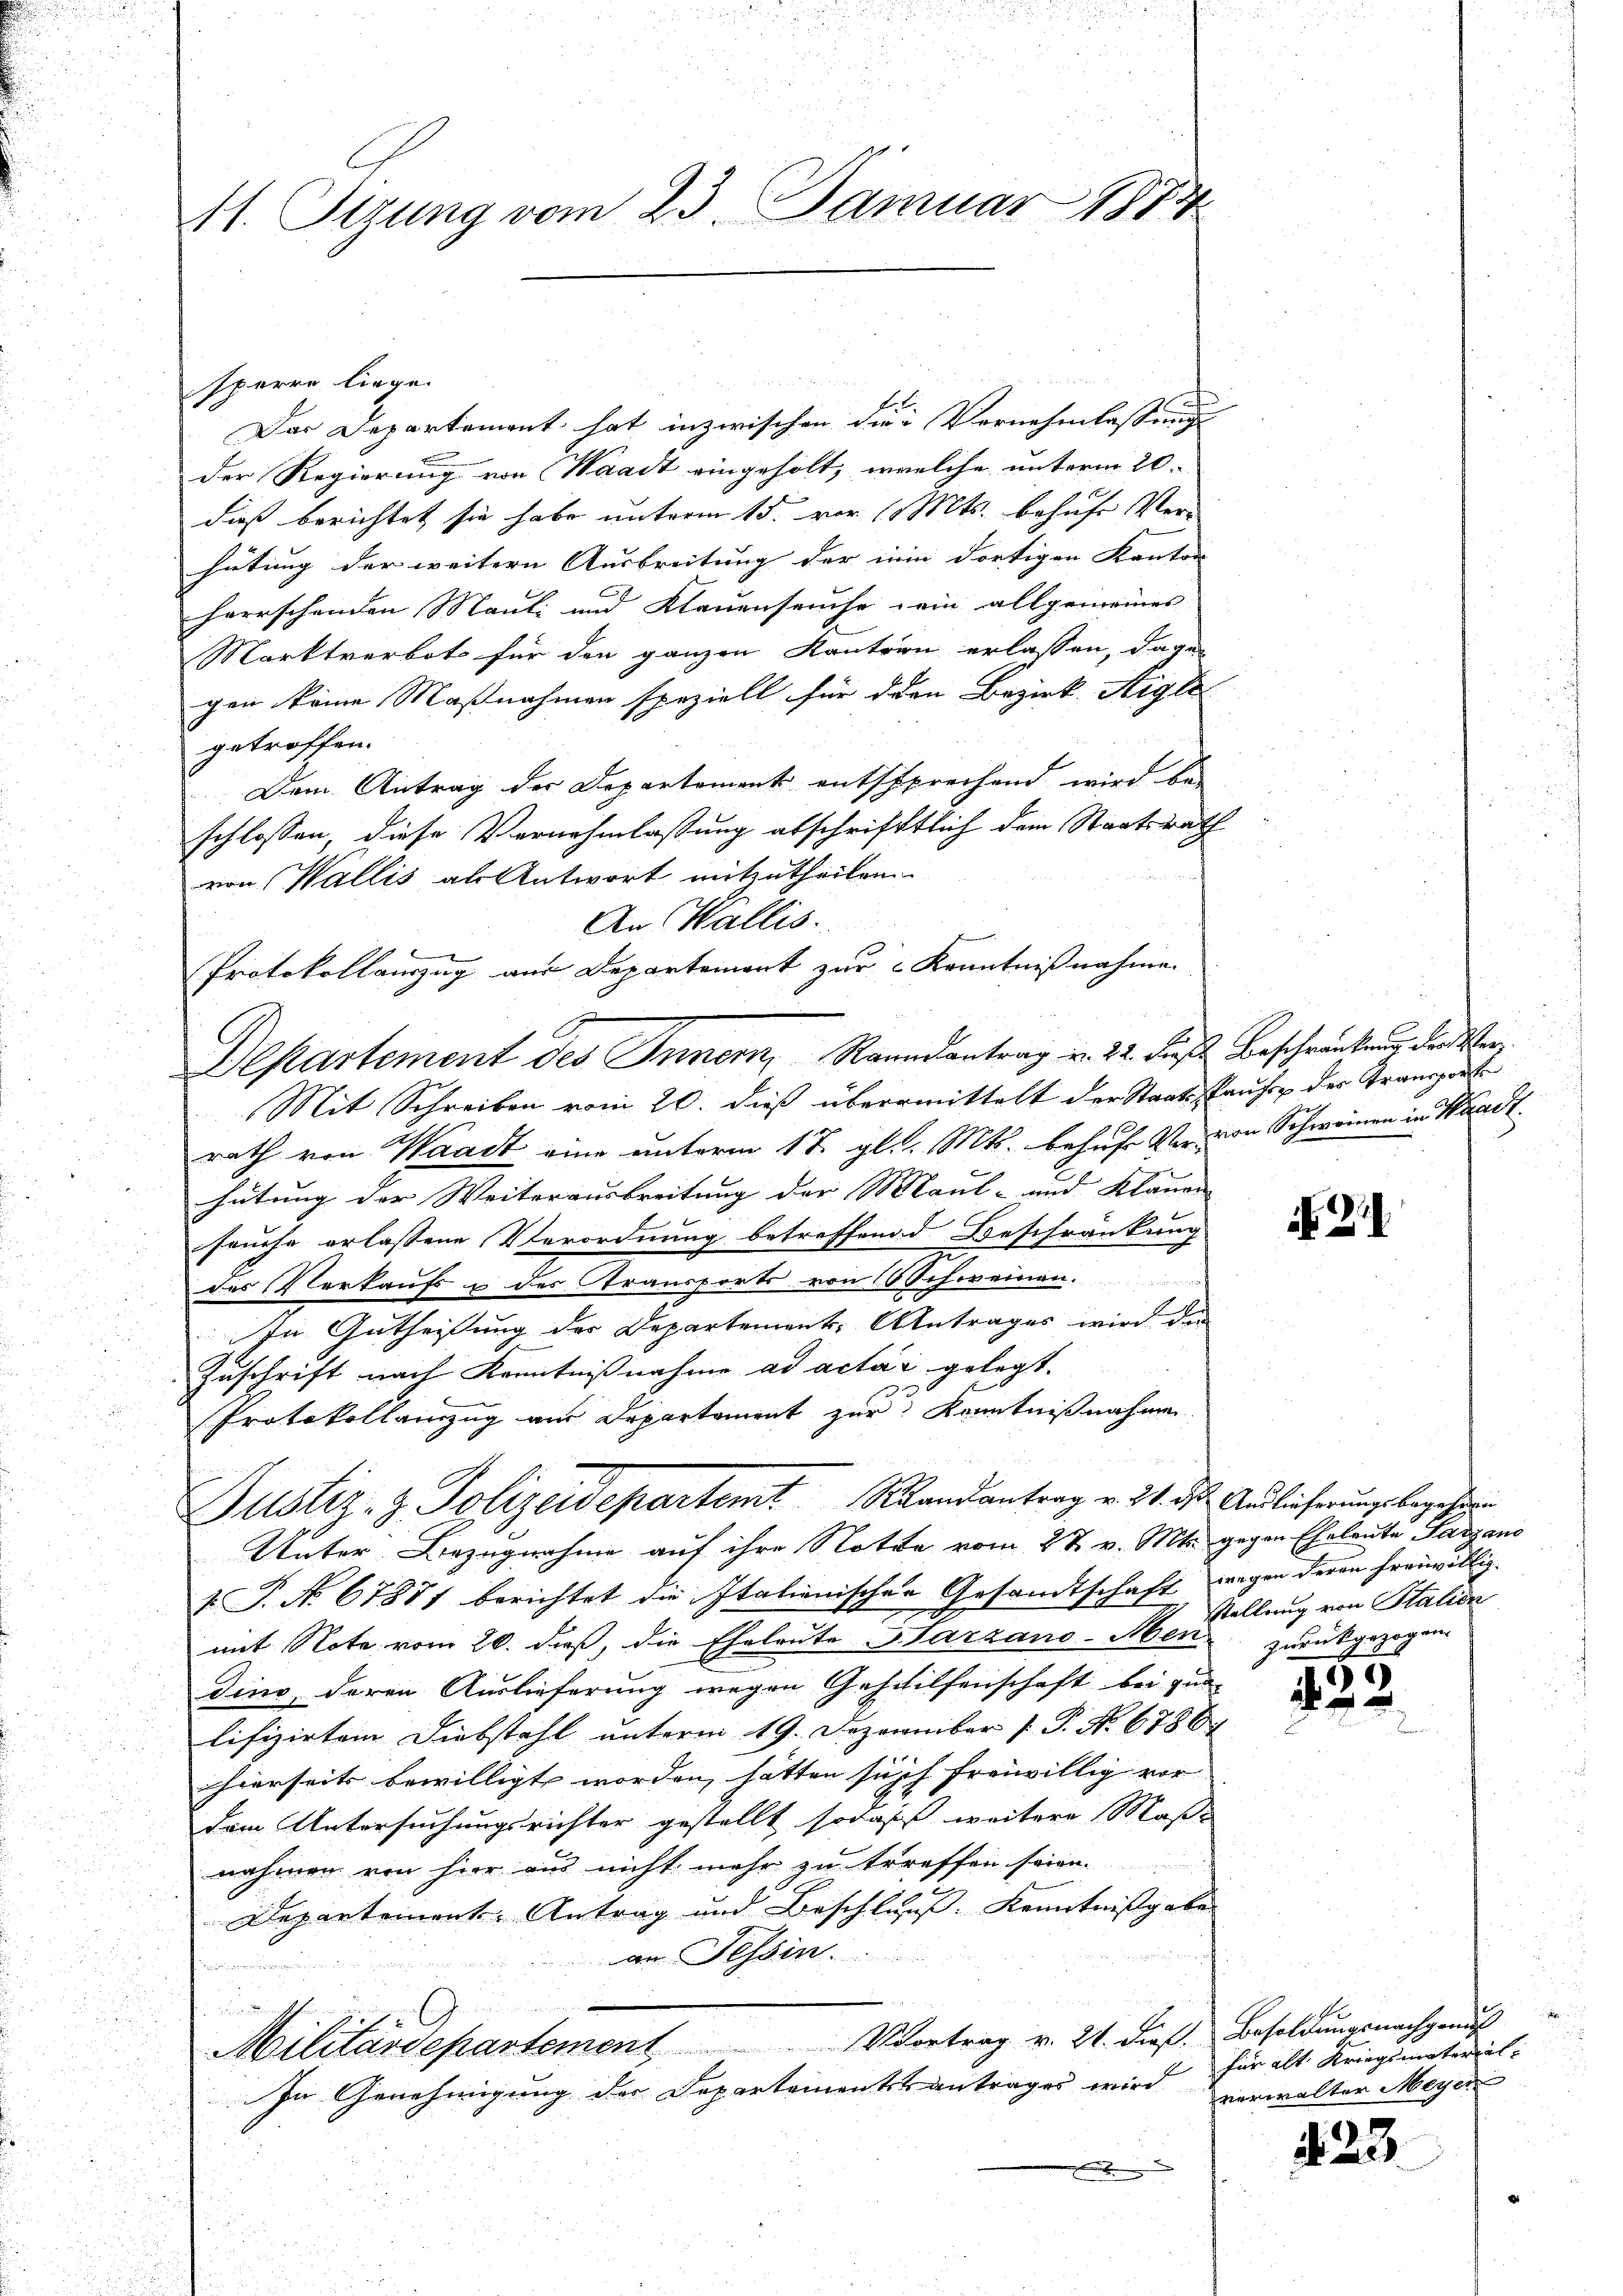
11. Sizung vom 23. Januar 1874

sperre liege.
f
Das Departement hat inzwischen die Vernehmlassung
der Regierung von Waadt eingeholt, welche unterm 20.
dieß berichtet sie habe unterm 15. vor 11 Mts. behufe Ver-
hütung der weitern Ausbreitung der in dortigen Kanton |
herrschenden Mauli und Klauenseuche ein allgemeines
Marktverbot für den ganzen Kantorn erlassen, dage
gen keine Maßnahmen speziell für den Bezirk Aigle
getroffen.
Dem Antrag der Departement entsprechend wird bei
schlossen, diese Vernehmlassung abschrifttlich dem Staatsrath
von Wallis als Antwort mitzutheilen
An Wallis.
Protokollauszug aus Departemont zur Kenntnißnahme.
Mit Schreiben vom 20. dieß übermittelt der Staatsspruchs der Transporte
rath von Waadt eine unterm 17. gl. Mts. behufe Vervon Schweinen in Waadt
hütung der Weiterausbreitung der Maul- und Klauen |
souche erlassene Verordnung betreffend Beschränkung
des Verkaufs & des Gransports von 16 Schweinen.
In Gutheilung der Departement. Antrages wird der
Zuschrift nach Kenntnißnahme ad acta gelegt.
Protokollamzug am Departement zur Kenntnißnahme
Justiz- & Polizeidepartemt Randantrag v. 21. ds. Auslicherung begehren
Unter Bezugnahme auf ihre Notta vom 27. v. Mts. gegen Eheleute Sargaus
. P. Nr. 67881 berichtet die Italienischen Gesandtschaft wegen deren freiwillig
mit Note vom 20. daß, die Eheleute Barzano-Oben zurückgezogen.
dino, deren Auslieferung wegen Geschilfenschaft bei zun
lifizirten Diebstahl unterm 19. Dezember [ P. No 6788
hierseits bewilligt worden, hatten such freiwillig vor
dem Untersuchungsrichter gestellt sodaß weitere Maße
nahmen von hier aus nicht mehr zu treffen seien.
Departement Antrag und Beschluss. Kenntnißgabe
an Tessin. ..
e

Militärdepartement Vortrag v. 21. dieß. Besoldungsnachgeruf
In Genehmigung der Departementstantrages wird für alt Kriegsmaterial-

Departement des Innern, Raundantrag v. 22. dieß Beschränkung der Ver¬

N 2

stellung von Stalien

5

s
2

verwalter Meyer

423.